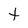
Character: t